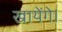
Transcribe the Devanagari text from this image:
खायेंगे।